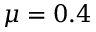
\mu = 0 . 4